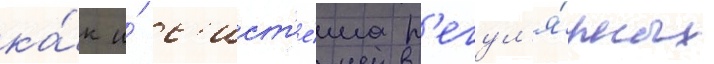
ка́к и́ с'ист'е́ма р'егул'я́рных